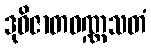
ဒုဝိဇာတဝဏ္ဏသတံ